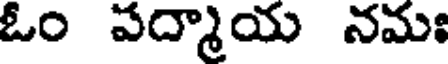
ఓం పద్మాయ నమః